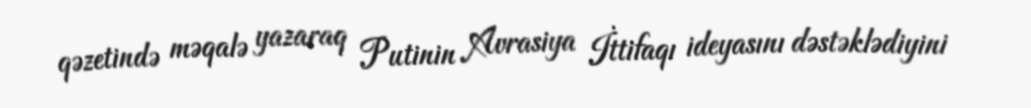
qəzetində məqalə yazaraq Putinin Avrasiya İttifaqı ideyasını dəstəklədiyini